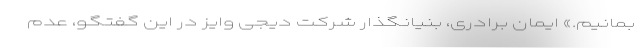
بمانیم.» ایمان برادری، بنیانگذار شرکت دیجی وایز در این گفتگو، عدم